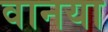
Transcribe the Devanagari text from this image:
वानया